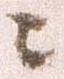
ニ